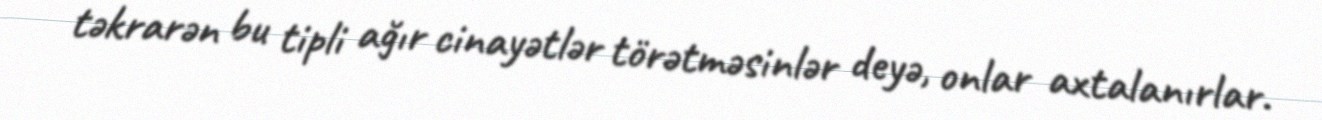
təkrarən bu tipli ağır cinayətlər törətməsinlər deyə, onlar axtalanırlar.